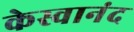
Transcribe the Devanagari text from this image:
केस्वानंद